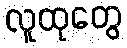
လူထုတွေ